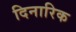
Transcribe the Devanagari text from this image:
दिनारिक